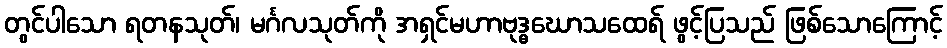
တွင်ပါသော ရတနသုတ်၊ မင်္ဂလသုတ်ကို အရှင်မဟာဗုဒ္ဓဃောသထေရ် ဖွင့်ပြသည် ဖြစ်သောကြောင့်